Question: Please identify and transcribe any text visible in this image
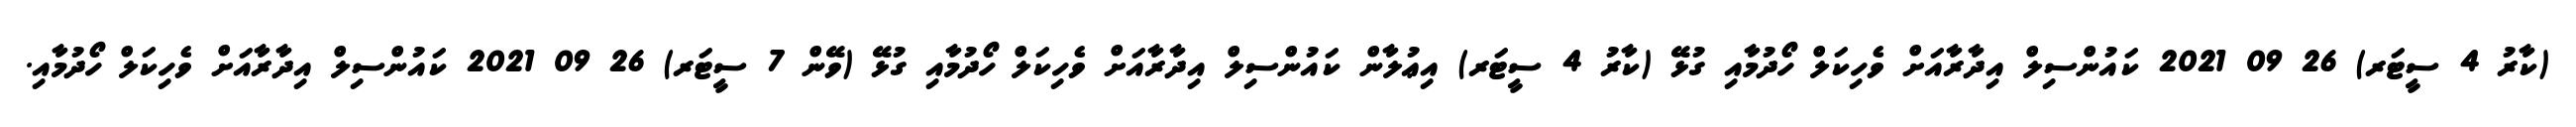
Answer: (ކާރު 4 ސީޓަރ) 26 09 2021 ކައުންސިލް އިދާރާއަށް ވެހިކަލް ހޯދުމާއި ގުޅޭ (ކާރު 4 ސީޓަރ) އިޢުލާން ކައުންސިލް އިދާރާއަށް ވެހިކަލް ހޯދުމާއި ގުޅޭ (ވޭން 7 ސީޓަރ) 26 09 2021 ކައުންސިލް އިދާރާއަށް ވެހިކަލް ހޯދުމާއި.